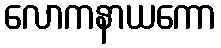
လောကနာယကော